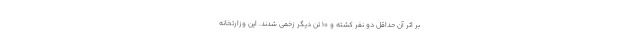
بر اثر آن حداقل دو نفر کشته و ۱۰ تن دیگر زخمی شدند. این وزارتخانه